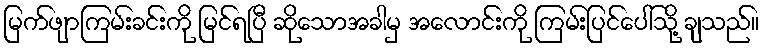
မြက်ဖျာကြမ်းခင်းကို မြင်ရပြီ ဆိုသောအခါမှ အလောင်းကို ကြမ်းပြင်ပေါ်သို့ ချသည်။